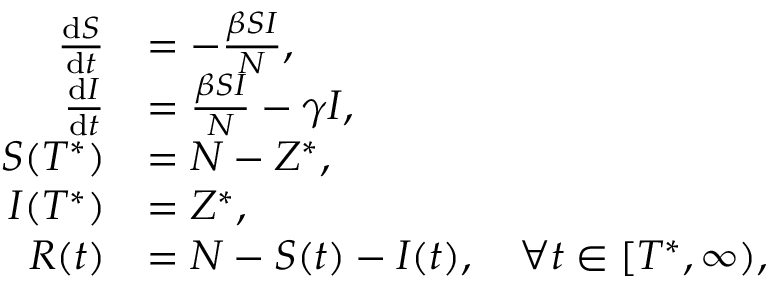
\begin{array} { r l } { \frac { { \mathrm { d } } S } { { \mathrm { d } } t } } & { = - \frac { \beta S I } { N } , } \\ { \frac { { \mathrm { d } } I } { { \mathrm { d } } t } } & { = \frac { \beta S I } { N } - \gamma I , } \\ { S ( T ^ { * } ) } & { = N - Z ^ { * } , } \\ { I ( T ^ { * } ) } & { = Z ^ { * } , } \\ { R ( t ) } & { = N - S ( t ) - I ( t ) , \quad \forall t \in [ T ^ { * } , \infty ) , } \end{array}